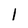
Character: 1